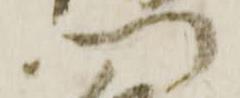
門